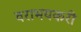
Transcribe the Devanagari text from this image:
वराभयकरी